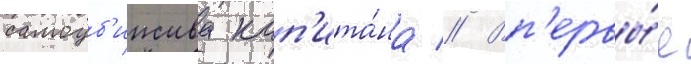
самоуб'ииства кап'ита́на // Вп'ервы́е